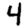
Digit: 4